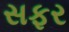
સફર